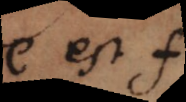
e est f,